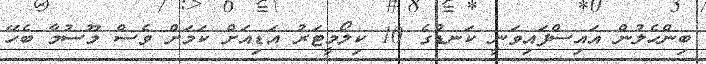
ބިންހެލުން އައިސްފައިވަނީ ކަނޑުގެ 10 ކިލޯމީޓަރު އަޑިއަށް ކަމަށް ވެސް މޫސުމާ ބެހޭ